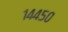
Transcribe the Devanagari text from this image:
१४४५०